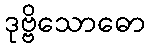
ဒုဗ္ဗိသောဓော